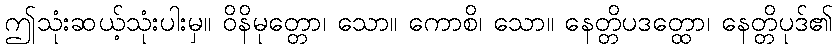
ဤသုံးဆယ့်သုံးပါးမှ။ ဝိနိမုတ္တော၊ သော။ ကောစိ၊ သော။ နေတ္တိပဒတ္ထော၊ နေတ္တိပုဒ်၏